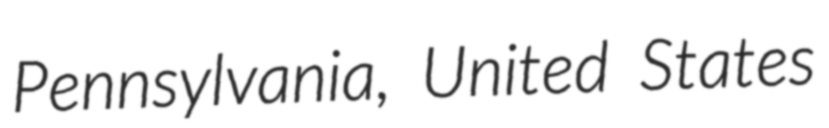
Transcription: Pennsylvania, United States